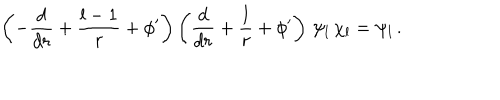
\left( - \frac { d } { d r } + \frac { l - 1 } { r } + \phi ^ { \prime } \right) \left( \frac { d } { d r } + \frac { l } { r } + \phi ^ { \prime } \right) \, \psi _ { l } \, \chi _ { l } = \psi _ { l } \, .